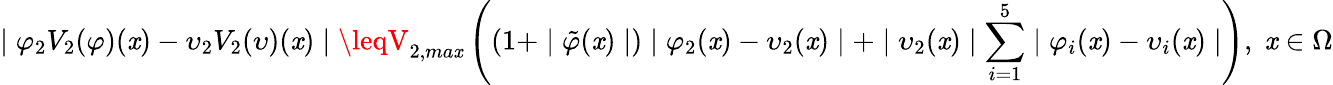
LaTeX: \mid\varphi_{2}V_{2}(\varphi)(\mathit{x})-\upsilon_{2}V_{2}(\upsilon)(\mathit{x})\mid\leqV_{2,ma\mathit{x}}\left((1+\mid\tilde{{\varphi}}(\mathit{x})\mid)\mid\varphi_{2}(\mathit{x})-\upsilon_{2}(\mathit{x})\mid+\mid\upsilon_{2}(\mathit{x})\mid\sum_{i=1}^{5}\mid\varphi_{i}(\mathit{x})-\upsilon_{i}(\mathit{x})\mid\right),\; \mathit{x}\in\Omega